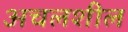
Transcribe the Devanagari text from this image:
अचलशील